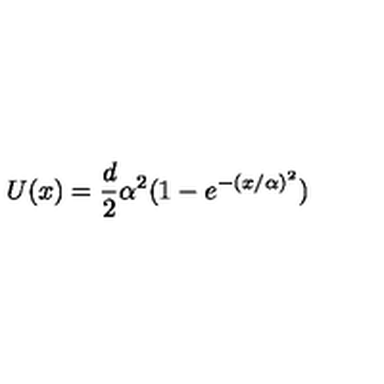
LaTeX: U ( x ) = { \frac { d } { 2 } } \alpha ^ { 2 } ( 1 - e ^ { - ( x / \alpha ) ^ { 2 } } )